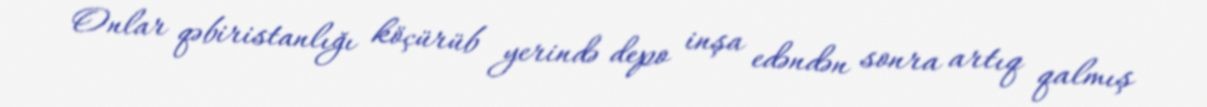
Onlar qəbiristanlığı köçürüb yerində depo inşa edəndən sonra artıq qalmış